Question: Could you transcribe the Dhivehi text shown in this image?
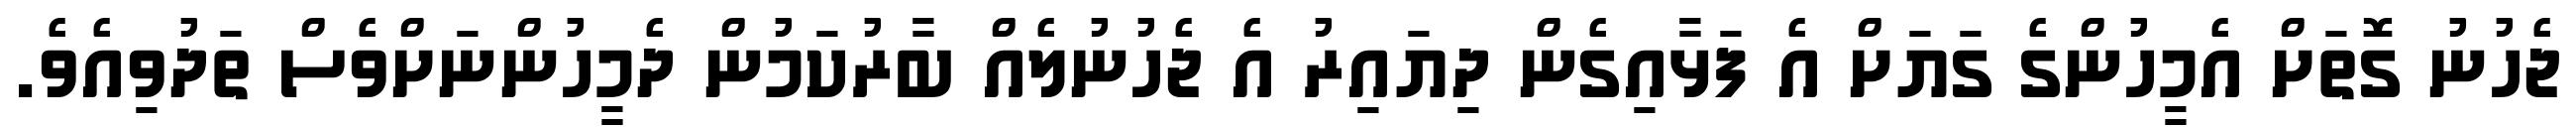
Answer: ޖެހުނު ގޮތަށް އެމީހުންގެ ގަޔަށް އެ ފަޅާއިގެން ދިޔައިރު އެ ޖެހުނުލެއް ބާރުކަމުން ދެމީހުންނަށްވެސް ތަދުވިއެވެ.